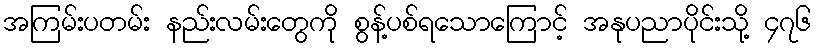
အကြမ်းပတမ်း နည်းလမ်းတွေကို စွန့်ပစ်ရသောကြောင့် အနုပညာပိုင်းသို့ ၄၇၆